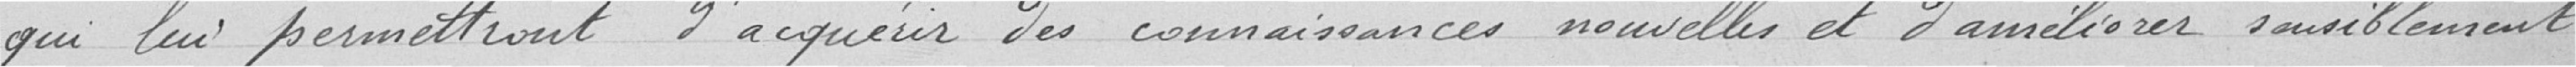
qui lui permettront d'acquérir des connaissances nouvelles et d'améliorer sensiblement